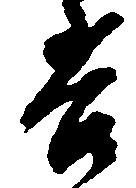
苦